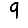
Digit: 9